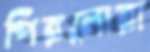
পিরলোরা